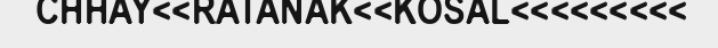
CHHAY<<RATANAK<<KOSAL<<<<<<<<<